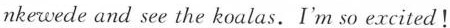
nkewede and see the koalas. I'm so excited!